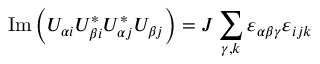
\operatorname { I m } \left( U _ { \alpha i } U _ { \beta i } ^ { * } U _ { \alpha j } ^ { * } U _ { \beta j } \right) = J \sum _ { \gamma , k } \varepsilon _ { \alpha \beta \gamma } \varepsilon _ { i j k }